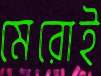
মেরোই